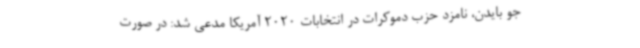
جو بایدن، نامزد حزب دموکرات در انتخابات 2020 آمریکا مدعی شد: در صورت